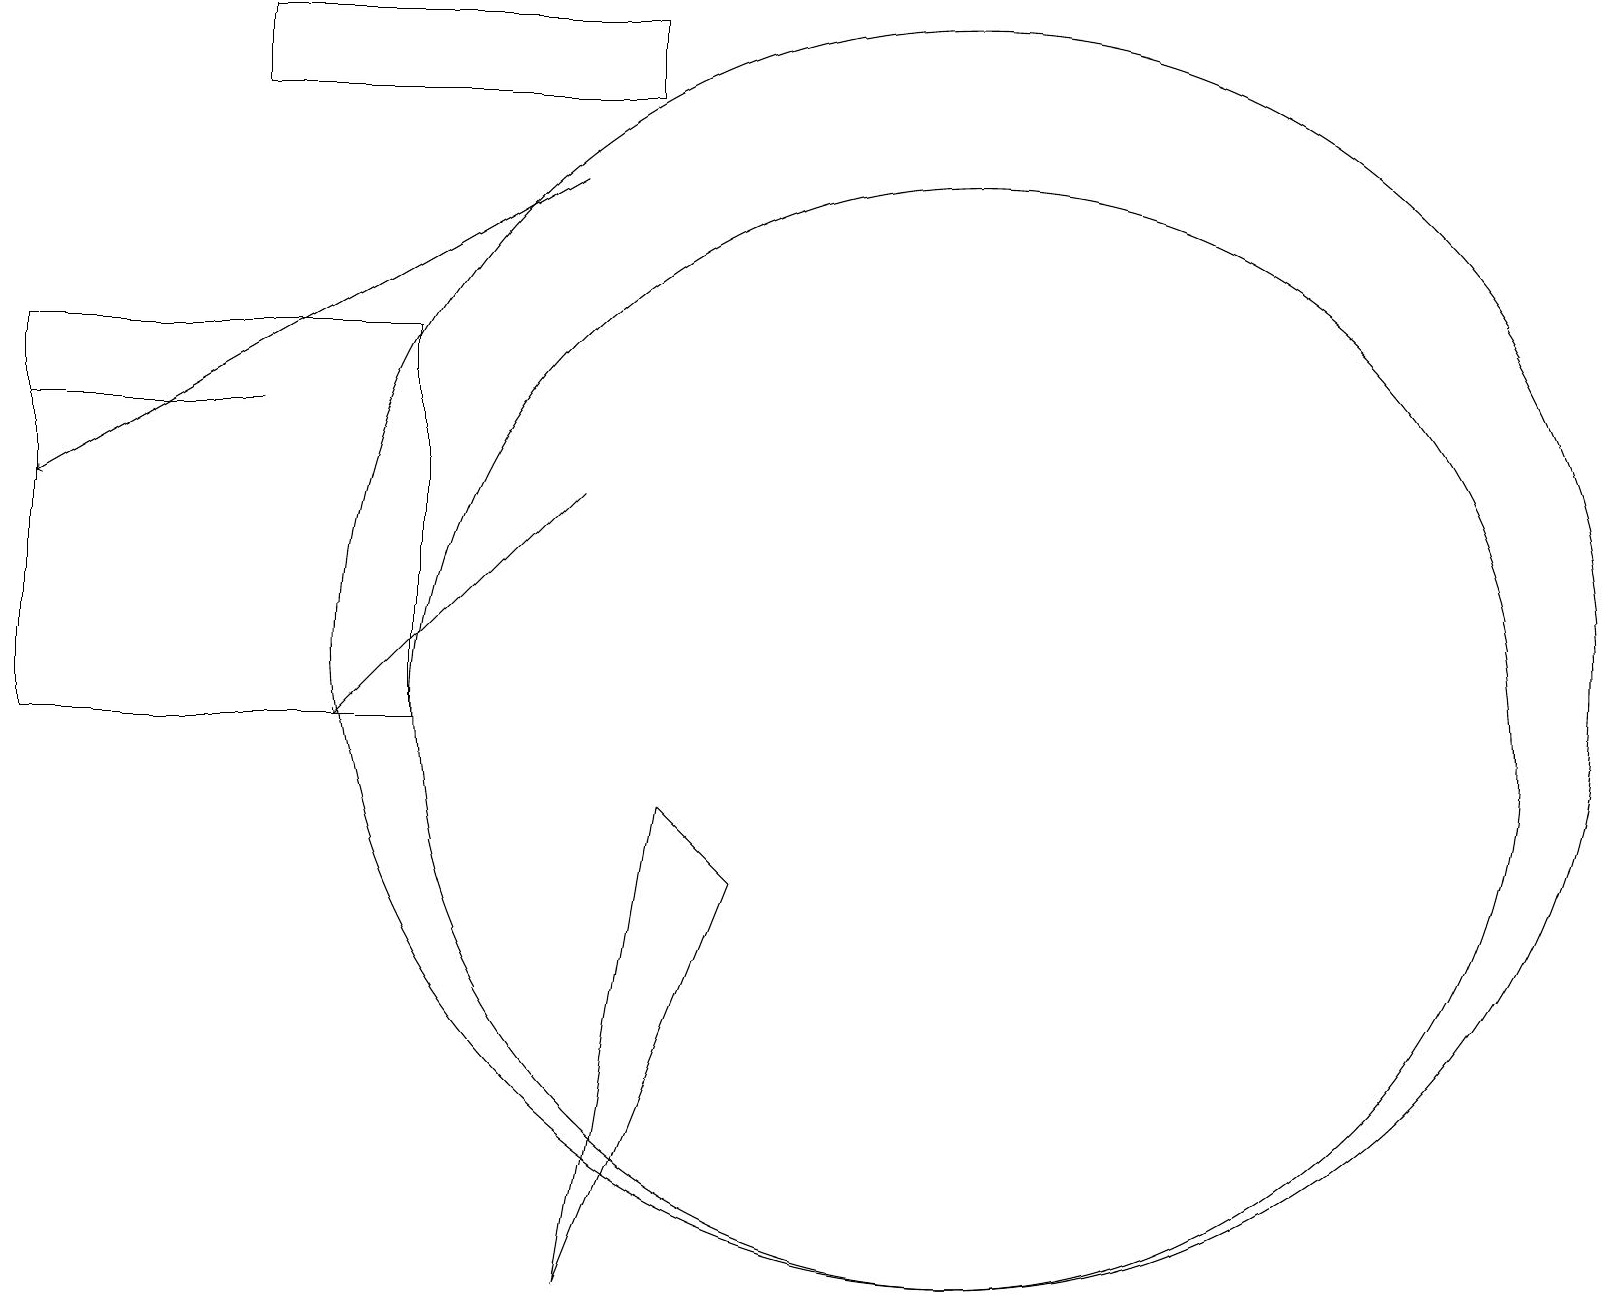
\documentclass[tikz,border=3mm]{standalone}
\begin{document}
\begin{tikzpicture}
\draw[->] (7,13) -- (4,10);
\draw (12,11) circle (8);
\draw (9,8) -- (7,3) -- (8,9) -- cycle;
\draw (0,15) rectangle (5,10);
\draw[->] (7,17) -- (0,13);
\draw (3,14) rectangle (0,14);
\draw (12,10) circle (7);
\draw (8,19) rectangle (3,18);
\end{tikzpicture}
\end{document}